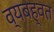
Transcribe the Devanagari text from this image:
व्यबह्वत